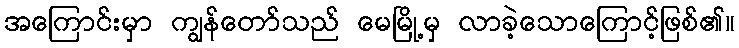
အကြောင်းမှာ ကျွန်တော်သည် မေမြို့မှ လာခဲ့သောကြောင့်ဖြစ်၏။